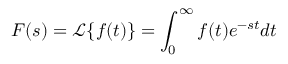
F ( s ) = \mathcal { L } \{ f ( t ) \} = \int _ { 0 } ^ { \infty } f ( t ) e ^ { - s t } d t